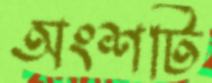
অংশটি